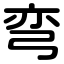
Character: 弯